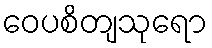
ဝေပစိတျသုရော